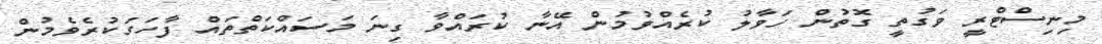
މިނިސްޓްރީ ވަގުތީ ގޮތުން ހަވާލު ކުރެއްވުމުން އޭނާ ކުރައްވާ ގިނަ މަސައްކަތްތައް ފާހަގަކުރެވެމުން